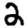
Digit: 2